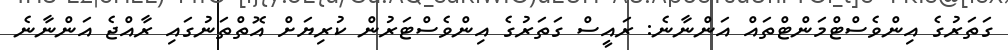
ގަތަރުގެ އިންވެސްޓްމަންޓްތައް އަންނާނެ: ރައީސް ގަތަރުގެ އިންވެސްޓަރުން ކުރިޔަށް އޮތްތަނުގައި ރާއްޖެ އަންނާނެ